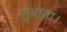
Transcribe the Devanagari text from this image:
सुनाता।